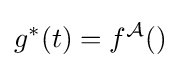
g^{\ast }(t)=f^{\mathcal {A}}()